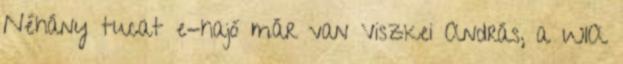
Néhány tucat e-hajó már van Viszkei András, a WIA